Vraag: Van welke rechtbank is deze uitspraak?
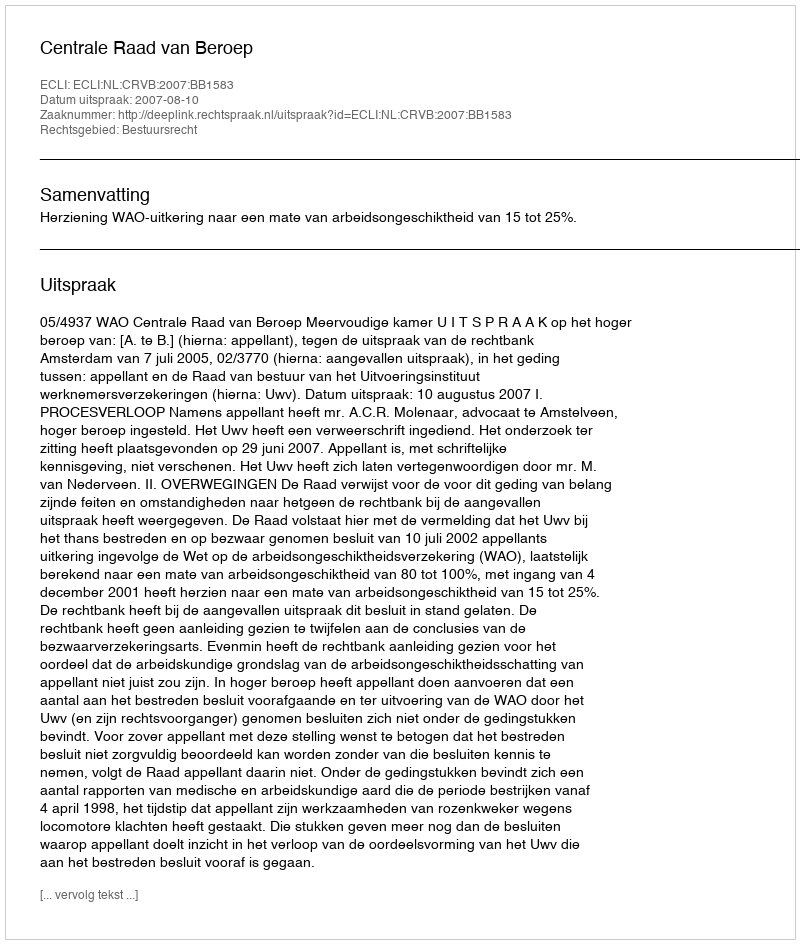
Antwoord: Centrale Raad van Beroep